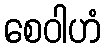
စေဝါဟံ